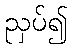
ညှပ်၍